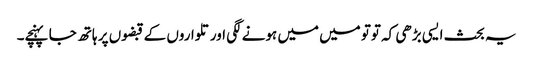
یہ بحث ایسی بڑھی کہ توتو میں میں ہونے لگی اور تلواروں کے قبضوں پر ہاتھ جا پہنچے۔